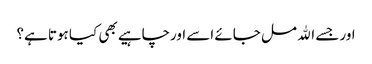
اور جسے الله مل جائے اسے اورچاہیے بھی کیا ہوتا ہے؟